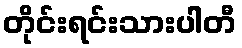
တိုင်းရင်းသားပါတီ